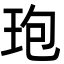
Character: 玸